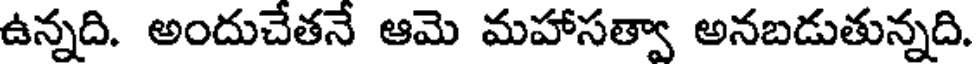
ఉన్నది. అందుచేతనే ఆమె మహాసత్వా అనబడుతున్నది.